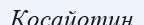
Косайотин